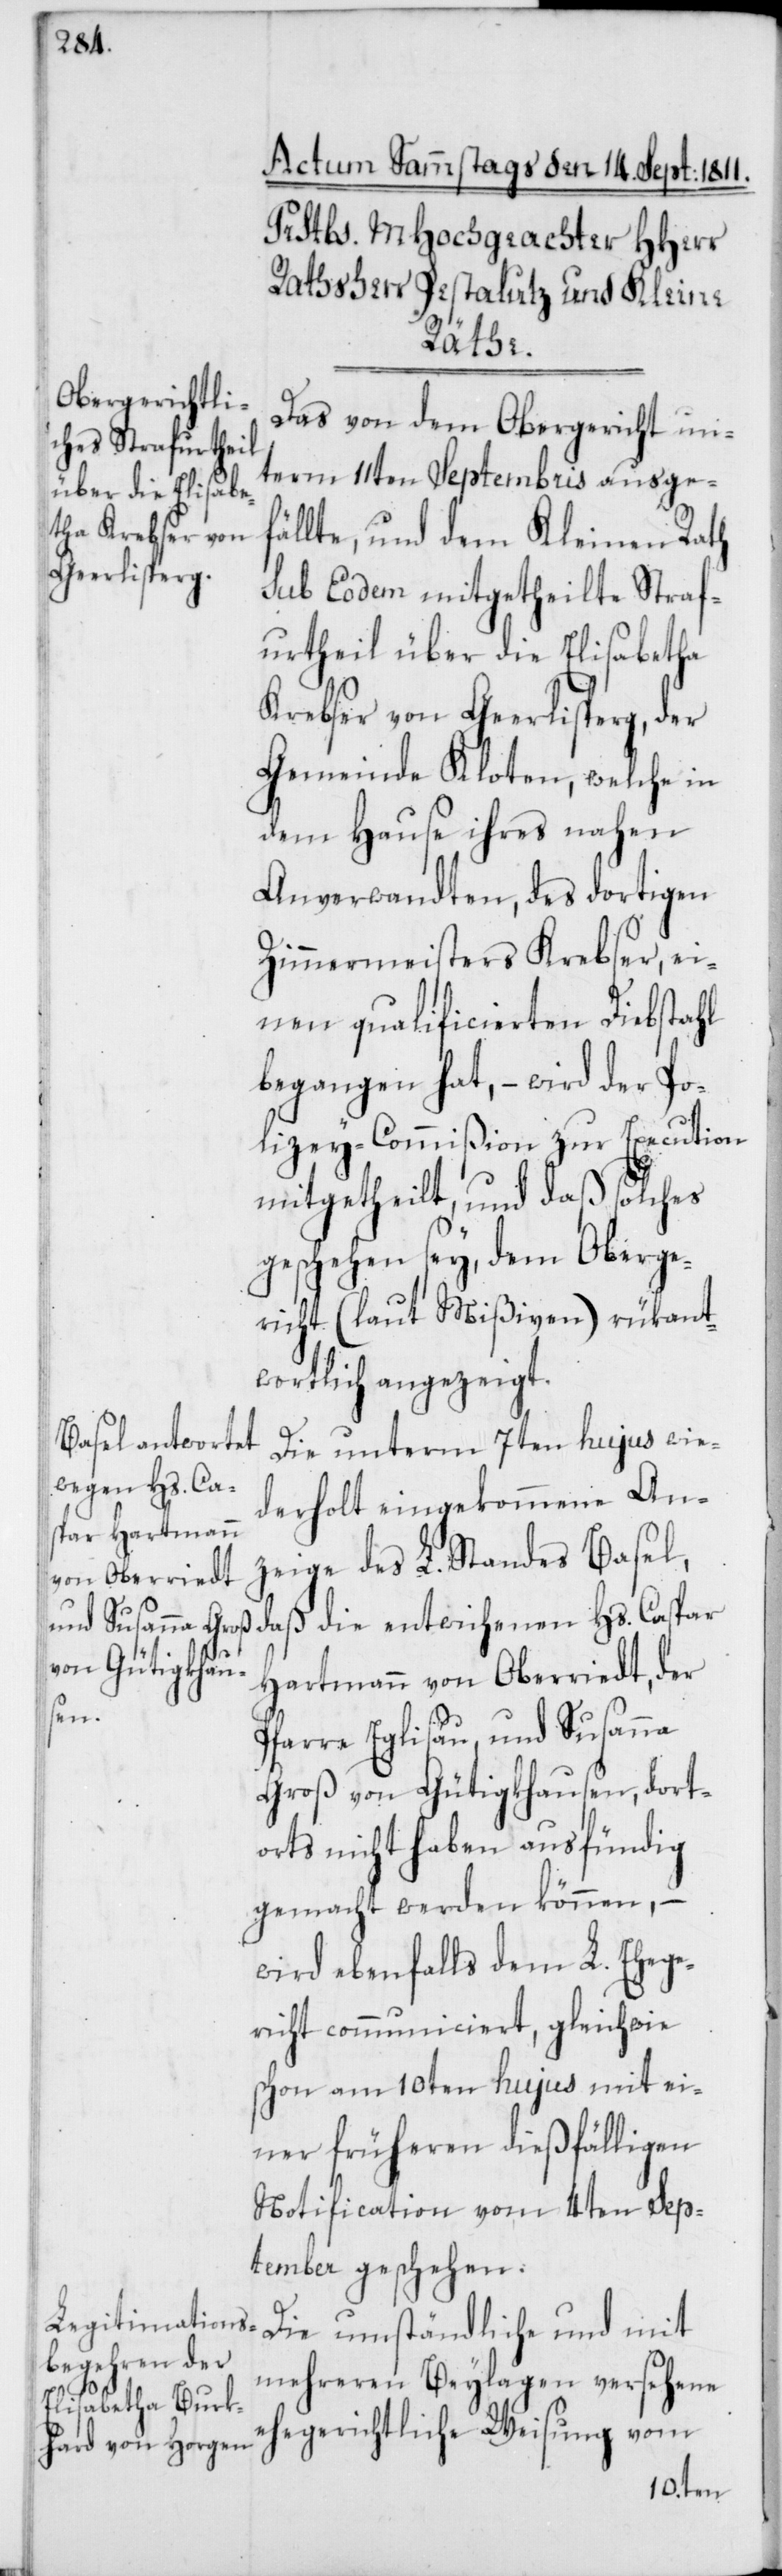
Das von dem Obergericht un¬
term 11ten Septembris ausge¬
fällte und dem Kleinen Rath
sub eodem mitgetheilte Straf¬
urtheil über die Elisabetha
Krebser von Geerlisberg, der
Gemeinde Kloten, welche in
dem Hause ihres nahen
Anverwandten, des dortigen
Zimmermeisters Krebser, ei¬
nen qualificierten Diebstahl
begangen hat, – wird der Po¬
lizey-Commißion zur Execution
mitgetheilt, und daß solches
geschehen sey, dem Oberge¬
richt (laut Mißiven) rükant¬
wortlich angezeigt.
Die unterm 7ten hujus wie¬
derholt eingekommene An¬
zeige des L. Standes Basel,
Hartmann von Oberriedt, der
Pfarre Eglisau, und Susanna
Groß von Gütigkhausen, dort¬
orts nicht haben ausfündig
gemacht werden können,
wird ebenfalls dem L. Ehege¬
richt communiciert, gleichwie
schon am 10ten hujus mit ei¬
ner früheren dießfälligen
Notification vom 4ten Sep¬
tember geschehen.
Die umständliche und mit
mehreren Beylagen versehene
ehegerichtliche Weisung vom